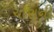
ચૌરાની